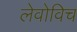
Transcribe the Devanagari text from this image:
लेवोविच